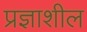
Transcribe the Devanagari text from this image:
प्रज्ञाशील